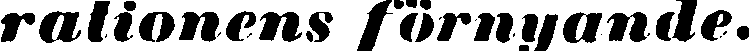
rationens förnyande.